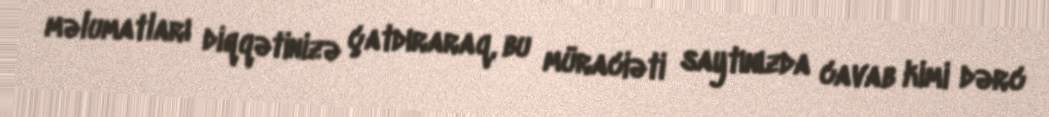
məlumatları diqqətinizə çatdıraraq, bu müraciəti saytınızda cavab kimi dərc